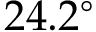
2 4 . 2 ^ { \circ }